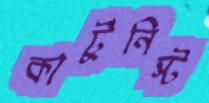
কার্টুনিস্ট